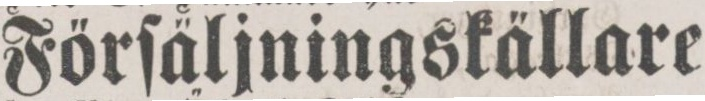
Förſäljningskällare